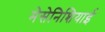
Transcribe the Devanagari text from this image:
मेसेनिशियाई